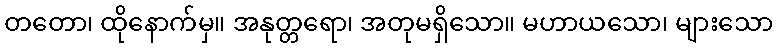
တတော၊ ထိုနောက်မှ။ အနုတ္တရော၊ အတုမရှိသော။ မဟာယသော၊ များသော